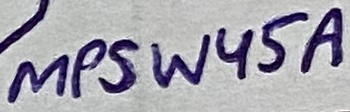
Text: MPSW45A